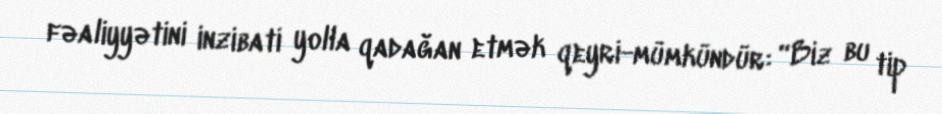
fəaliyyətini inzibati yolla qadağan etmək qeyri-mümkündür: “Biz bu tip